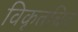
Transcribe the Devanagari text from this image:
विकृतचित